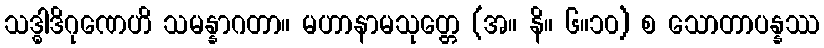
သဒ္ဓါဒိဂုဏေဟိ သမန္နာဂတာ။ မဟာနာမသုတ္တေ (အ။ နိ။ ၆။၁၀) စ သောတာပန္နဿ